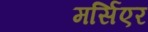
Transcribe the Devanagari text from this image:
मर्सिएर